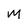
Character: m